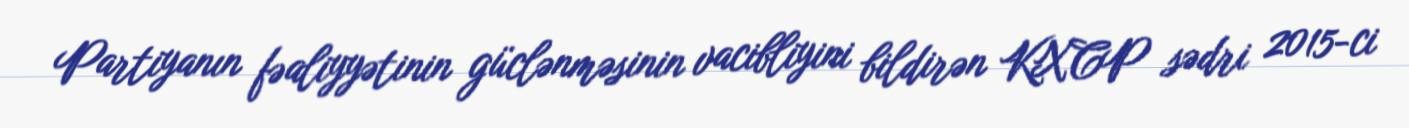
Partiyanın fəaliyyətinin güclənməsinin vacibliyini bildirən KXCP sədri 2015-ci